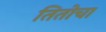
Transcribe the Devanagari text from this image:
तितोचा